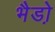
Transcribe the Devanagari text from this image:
भैडो़